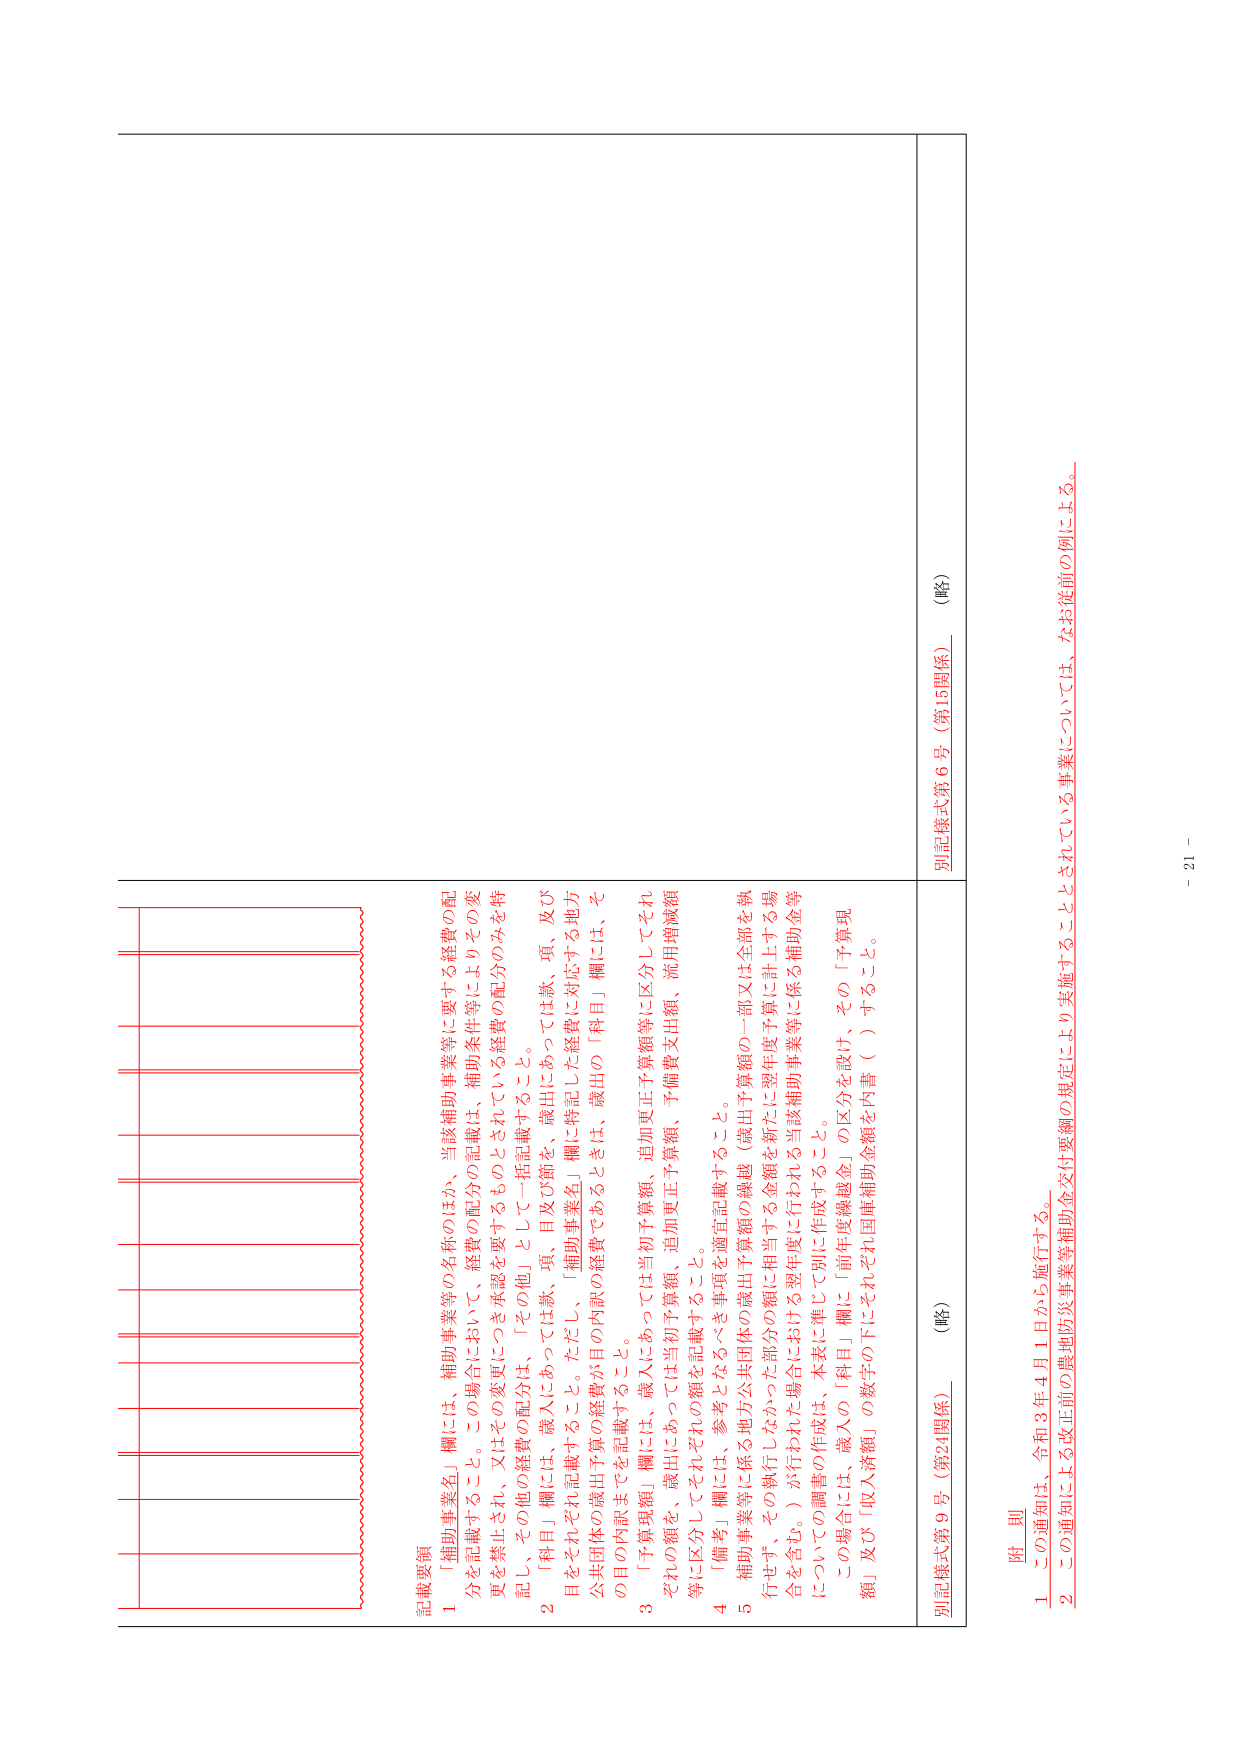
記載要領
1 「補助事業名」欄には、補助事業等の名称のほか、当該補助事業等に要する経費の配分を記載すること。この場合において、経費の配分の記載は、補助条件等によりその変更を禁止され、又はその変更につき承認を要するものとされている経費の配分のみを特記し、その他の経費の配分は、「その他」として一括記載すること。
2 「科目」欄には、歳入にあっては款、項、目及び節を、歳出にあっては款、項、及び目をそれぞれ記載すること。ただし、「補助事業名」欄に特記した経費に対応する地方公共団体の歳出予算の経費が目の内訳の経費であるときは、歳出の「科目」欄には、その目の内訳までを記載すること。
3 「予算残額」欄には、歳入にあっては当初予算額、追加更正予算額等に区分してそれぞれの額を、歳出にあっては当初予算額、追加更正予算額、予備費支出額、流用増減額等に区分してそれぞれの額を記載すること。
4 「備考」欄には、参考となるべき事項を適宜記載すること。
5 補助事業等に係る地方公共団体の歳出予算額の繰越（歳出予算額の一部又は全部を執行せず、その執行しなかった部分の額に相当する金額を新たに翌年度予算に計上する場合を含む。）が行われた場合における翌年度に行われる当該補助事業等に係る補助金等についての調書の作成は、本来に準じて別に作成すること。
この場合には、歳入の「科目」欄に「前年度繰越金」の区分を設け、その「予算現額」及び「収入済額」の数字の下にそれぞれ国庫補助金額を内書（ ）すること。

別記様式第9号（第24関係） （略）
別記様式第6号（第15関係） （略）

附 則
1 この通知は、令和3年4月1日から施行する。
2 この通知による改正前の農地防災事業等補助金交付要綱の規定により実施することとされている事業については、なお従前の例による。

－ 21 －